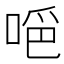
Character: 𠵺